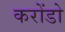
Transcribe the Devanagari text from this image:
करोंडो